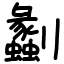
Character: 劙